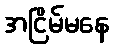
အငြိမ်မနေ